Annual report of the Punjab Veterinary College and of the Civil Veterinary Department, Punjab - 1894-1908
Year: 1894
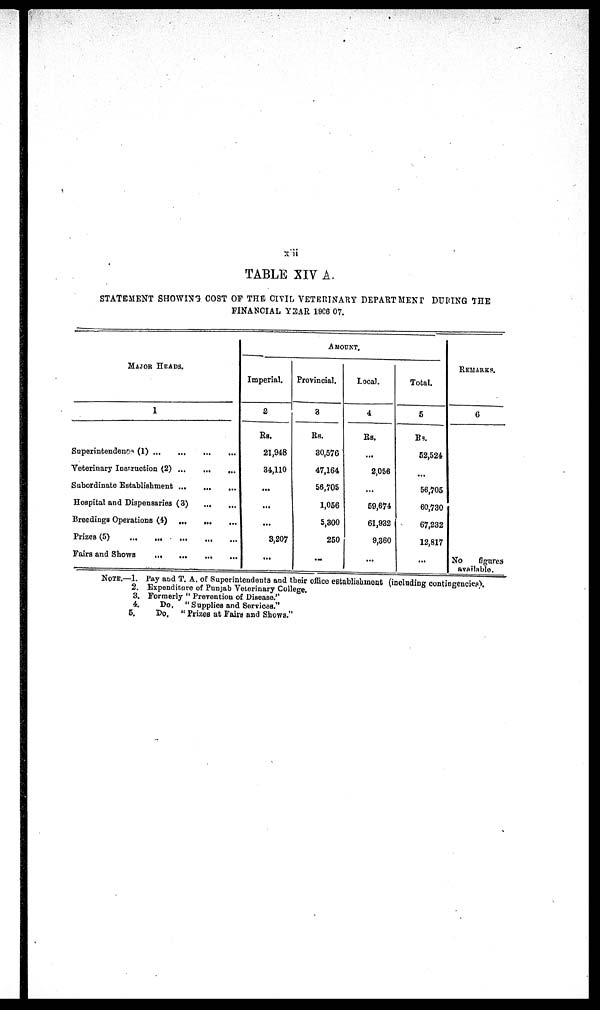
xii
TABLE XIV A.
STATEMENT SHOWING COST OF THE CIVIL VETERINARY DEPARTMENT DURING THE
FINANCIAL YEAR 1906 07.
MAJOR HEADS.
1
Superintendent (1) ... ... ... ...
Veterinary Instruction (2)
...
...
...
Subordinate Establishment . ... ... ... ...
Hospital and Dispensaries (3) ... ... ... ...
Breedings Operations (4) ... ... ... ... ...
Prizes (5)
...
...
...
...
...
Fairs and Shows
...
...
...
...
...
A MOUNT.
Imperial.
2
Rs.
21,948
34,110
...
...
...
3,207
...
Provincial.
3
Rs.
30,576
47,164
56,705
1,056
5,300
250
...
Local.
4
Rs.
...
2,056
...
59,674
61,932
9,360
...
Total.
5
Rs.
52,524
...
56,705
60,730
67,232
12,817
REMOUNTS.
6
No
figures
available.
NOTE.—1. Pay and T. A. of Superintendents and their office establishment (including contingencies).
2. Expenditure of Punjab Veterinary College.
3. Formerly "Prevention of Disease."
4.
Do, "Supplies and Services."
5.
Do, "Prizes at Fairs and Shows."